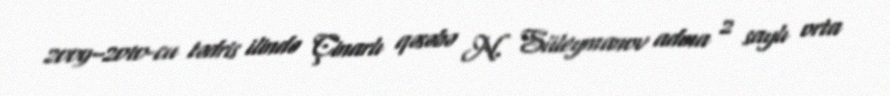
2009–2010-cu tədris ilində Çinarlı qəsəbə N. Süleymanov adına 2 saylı orta